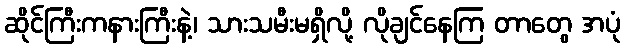
ဆိုင်ကြီးကနားကြီးနဲ့၊ သားသမီးမရှိလို့ လိုချင်နေကြ တာတွေ အပုံ